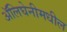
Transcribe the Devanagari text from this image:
ॲलिघेनीमधील